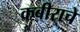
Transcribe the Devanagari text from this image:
कबीराचे